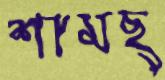
শামছ্